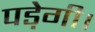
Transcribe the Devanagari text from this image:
पडे़गी।